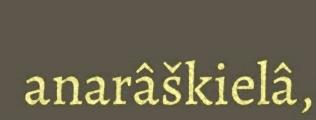
anarâškielâ,